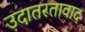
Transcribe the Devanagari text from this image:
उदातरतावाद